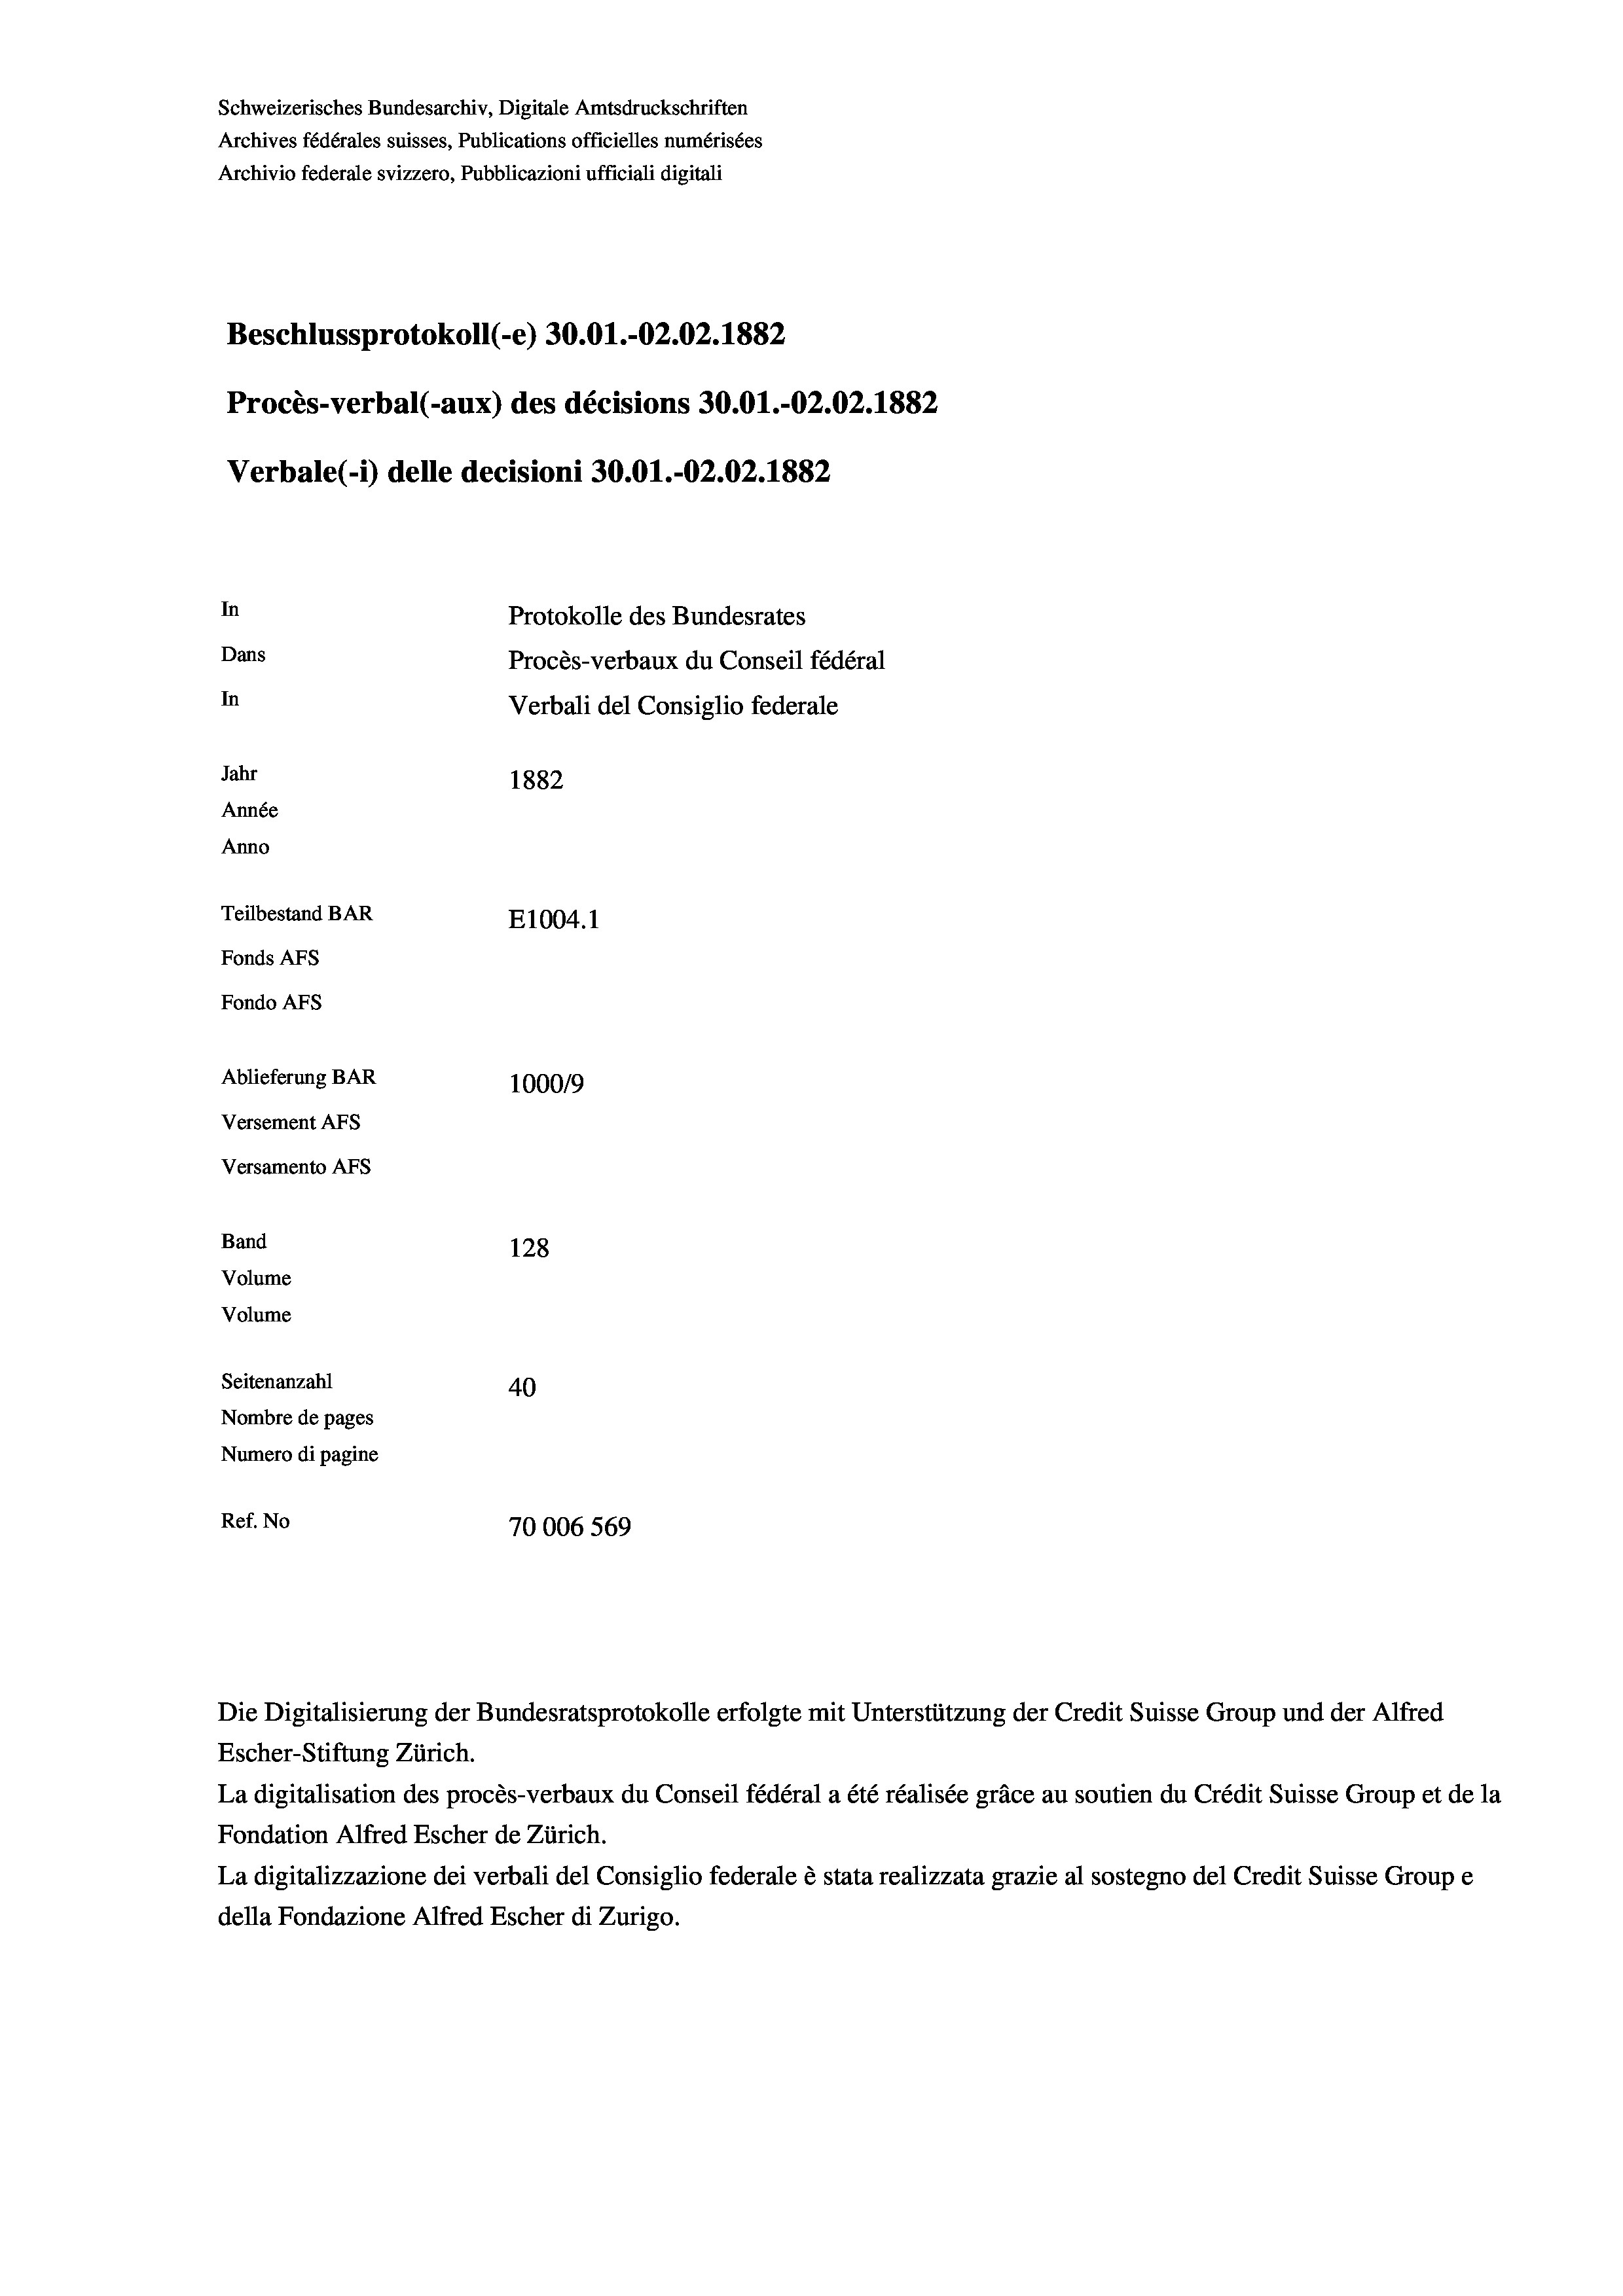
Schweizerisches Bundesarchiv, Digitale Amtsdruckschriften
Archives fédérales suisses, Publications officielles numérisées
Archivio federale svizzero, Pubblicazioni ufficiali digitali
Beschlussprotokoll (-e) 30.01.-O2.02. 1882
Procès-verbal (-aux) des décisions 30.01.-O2.02. 1882
Verbale (1) delle decisioni 30.01.-02.02. 1882
In
Protokolle des Bundesrates
Dans
Procès-verbaux du Conseil fédéral
In
Verbali del Consiglio federale
Jahr
1882
Année
Anno
Teilbestand BAR
E1004.1
Fonds AFs
Fondo Afs
Ablieferung BAR
10009
Versement Ans
Versamento AFs
Band
128
Volume
Volume
Seitenanzahl
40
Nombre de pages
Numero di pagine
Ref. No
70006 569

Escher-Stiftung Zürich.
La digitalisation des procès-verbaux du Conseil fédéral a été réalisée gräce au soutien du Crédit Suisse Group et de la
Fondation Alfred Escher de Zürich.
La digitalizzazione dei verbali del Consiglio federale è stata realizzata grazie al sostegno del Credit Suisse Groupe
della Fondazione Alfred Escher di Zurigo.

Die Digitalisierung der Bundesratsprotokolle erfolgte mit Unterstützung der Credit Suisse Group und der Alfred